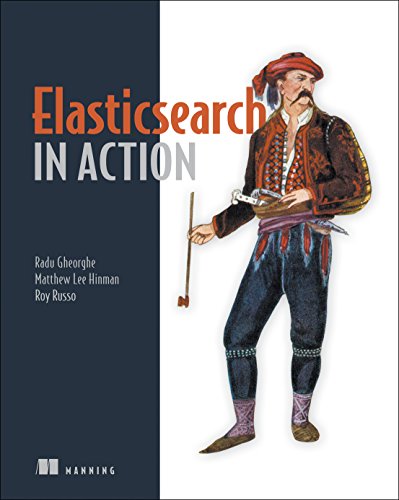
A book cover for Elasticsearch in Action; Radu Gheorghe; Computers & Technology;